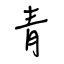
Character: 青